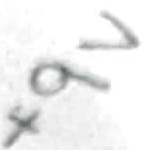
Text: +9V